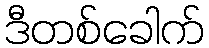
ဒီတစ်ခေါက်